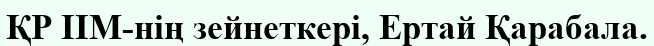
ҚР ІІМ-нің зейнеткері, Ертай Қарабала.